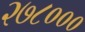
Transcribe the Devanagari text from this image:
२७८०००